Source: Handwritten
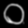
Digit: ၀ (0)